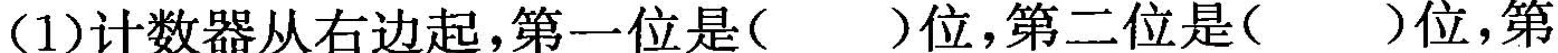
(1)计数器从右边起，第一位是( )位，第二位是( )位，第